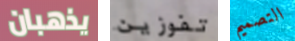
يذهبان تفوزين التصميم